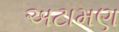
અટામણ